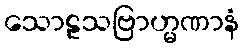
သောဠသဗြာဟ္မဏာနံ